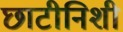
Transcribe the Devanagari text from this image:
छाटीनिशी